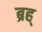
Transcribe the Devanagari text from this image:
ब्रह्